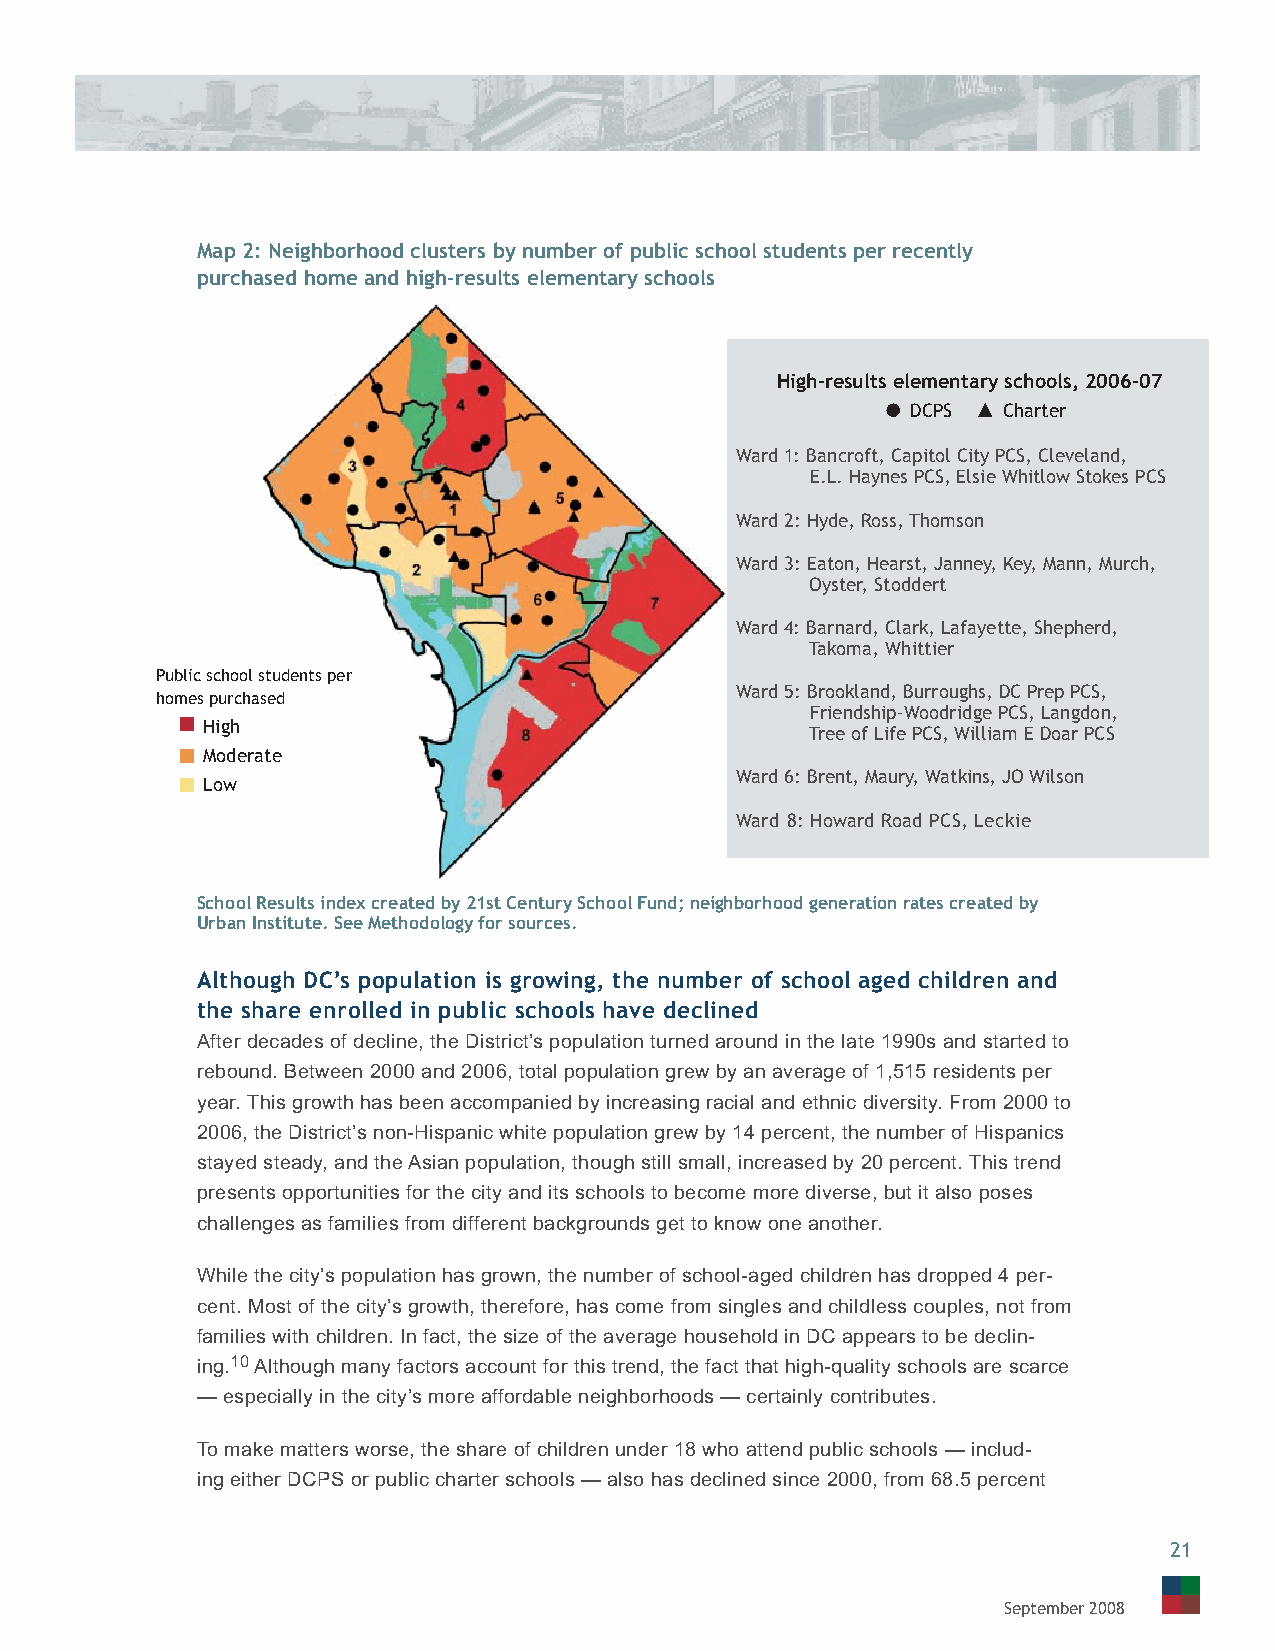
Map 2: Neighborhood clusters by number of public school students per recently
 purchased home and high-results elementary schools
 High-results elementary schools, 2006-07
 DCPS  Charter
 Ward 1: Bancroft, Capitol City PCS, Cleveland,
 E.L. Haynes PCS, Elsie Whitlow Stokes PCS
 Ward 2: Hyde, Ross, Thomson
 Ward 3: Eaton, Hearst, Janney, Key, Mann, Murch,
 Oyster, Stoddert
 Ward 4: Barnard, Clark, Lafayette, Shepherd,
 Takoma, Whittier
 Public school students per
 Ward 5: Brookland, Burroughs, DC Prep PCS,
 homes purchased
 Friendship-Woodridge PCS, Langdon,
 High
 Tree of Life PCS, William E Doar PCS
 Moderate
 Ward 6: Brent, Maury, Watkins, JO Wilson
 Low
 Ward 8: Howard Road PCS, Leckie
 School Results index created by 21st Century School Fund; neighborhood generation rates created by
 Urban Institute. See Methodology for sources.
 Although DC’s population is growing, the number of school aged children and
 the share enrolled in public schools have declined
 After decades of decline, the District’s population turned around in the late 1990s and started to
 rebound. Between 2000 and 2006, total population grew by an average of 1,515 residents per
 year. This growth has been accompanied by increasing racial and ethnic diversity. From 2000 to
 2006, the District’s non-Hispanic white population grew by 14 percent, the number of Hispanics
 stayed steady, and the Asian population, though still small, increased by 20 percent. This trend
 presents opportunities for the city and its schools to become more diverse, but it also poses
 challenges as families from different backgrounds get to know one another.
 While the city’s population has grown, the number of school-aged children has dropped 4 per-
 cent. Most of the city’s growth, therefore, has come from singles and childless couples, not from
 families with children. In fact, the size of the average household in DC appears to be declin-
 ing.10 Although many factors account for this trend, the fact that high-quality schools are scarce
 — especially in the city’s more affordable neighborhoods — certainly contributes.
 To make matters worse, the share of children under 18 who attend public schools — includ-
 ing either DCPS or public charter schools — also has declined since 2000, from 68.5 percent
 21
 September 2008